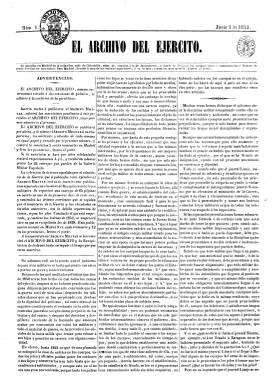
Título: El Archivo del ejército
Colección: Fuerzas armadas
Ámbito geográfico: Madrid
Lugar de publicación: Madrid
Fechas: 04/06/1843-17/06/1843

Empieza a publicarse el cuatro de junio de 1843, en sustitución de El archivo militar (1842), el periódico fundado por Antonio Vallecillo Luján (1807-1880), que había dejado de publicarse, psuspendido por orden gubernamental. En su primer número señala que, “aunque extraño a las cuestiones de política, se adhiere a la coalición de periódicos” que desde meses antes venía mostrando su total rechazo al supuesto intento del Baldomero Espartero de cercenar la libertad de imprenta. Se publica en números de cuatro páginas, los miércoles y sábados de cada semana. Sus contenidos son principalmente artículos o crónicas que dan cuenta de los graves sucesos que se están produciendo a causa de los múltiples ponunciamientos militares que acabarán con la regencia esparterista un mes después, en el que están interviniendo, entre otros, los grandes espadones del siglo diecinueve español: los generales Francisco Serrano, Juan Prim y Ramón María Narváez. También inserta un folletín, algunos artículos comunicados y otras noticias. Este periódico de carácter militar sólo editará cinco números, correspondiendo el último al 21 del mismo mes de junio, al quedar también suspendido por orden gubernamental. Días después aparecerá en su lugar: El archivo de los militares. Véase también este título en esta Hemeroteca Digital.